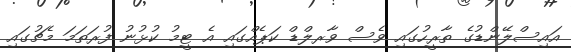
އައިސްލޭންޑުގެ ތާރީހުގައި ވެސް ވާރލްޑް ކަޕެއްގައި އެ ޓީމު ކުޅުނު ފުރަތަމަ މެޗުގައި